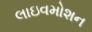
લાઇવમોશન